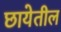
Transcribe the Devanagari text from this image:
छायेतील